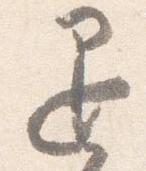
退